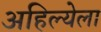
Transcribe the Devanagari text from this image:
अहिल्येला